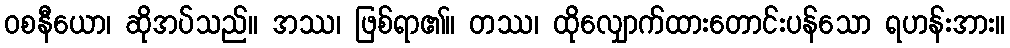
ဝစနီယော၊ ဆိုအပ်သည်။ အဿ၊ ဖြစ်ရာ၏။ တဿ၊ ထိုလျှောက်ထားတောင်းပန်သော ရဟန်းအား။